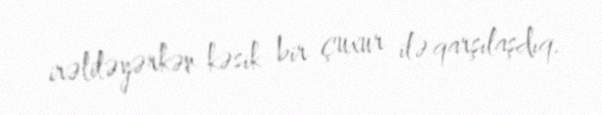
irəliləyərkən kəsik bir çuxur ilə qarşılaşdıq.